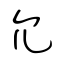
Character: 允